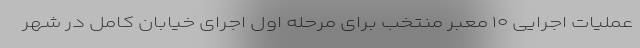
عملیات اجرایی ۱۰ معبر منتخب برای مرحله اول اجرای خیابان کامل در شهر